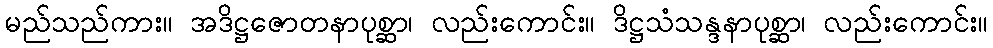
မည်သည်ကား။ အဒိဋ္ဌဇောတနာပုစ္ဆာ၊ လည်းကောင်း။ ဒိဋ္ဌသံသန္ဒနာပုစ္ဆာ၊ လည်းကောင်း။